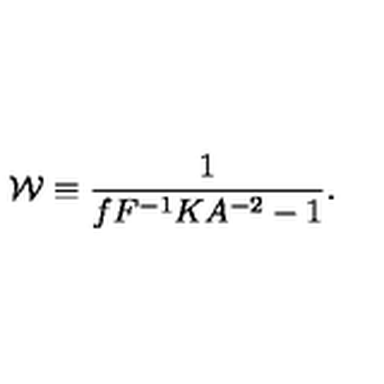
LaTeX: { \cal W } \equiv { \frac { 1 } { f F ^ { - 1 } K A ^ { - 2 } - 1 } } .